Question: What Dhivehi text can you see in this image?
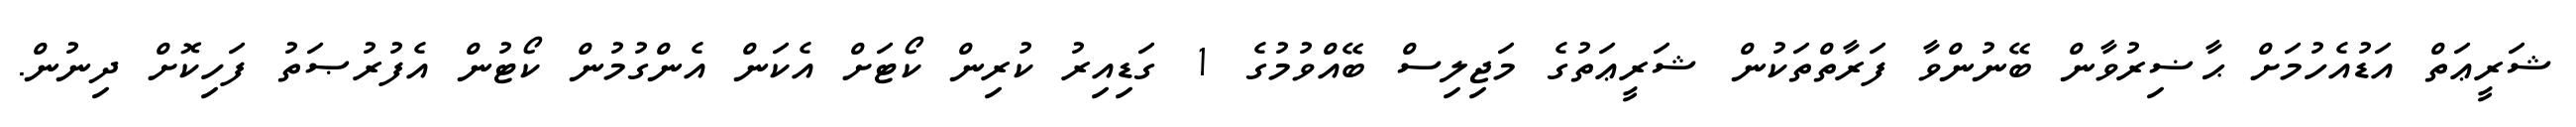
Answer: ޝަރީޢަތް އަޑުއެހުމަށް ޙާޟިރުވާން ބޭނުންވާ ފަރާތްތަކުން ޝަރީޢަތުގެ މަޖިލިސް ބޭއްވުމުގެ 1 ގަޑިއިރު ކުރިން ކޯޓަށް އެކަން އެންގުމުން ކޯޓުން އެފުރުޞަތު ފަހިކޮށް ދިނުން.